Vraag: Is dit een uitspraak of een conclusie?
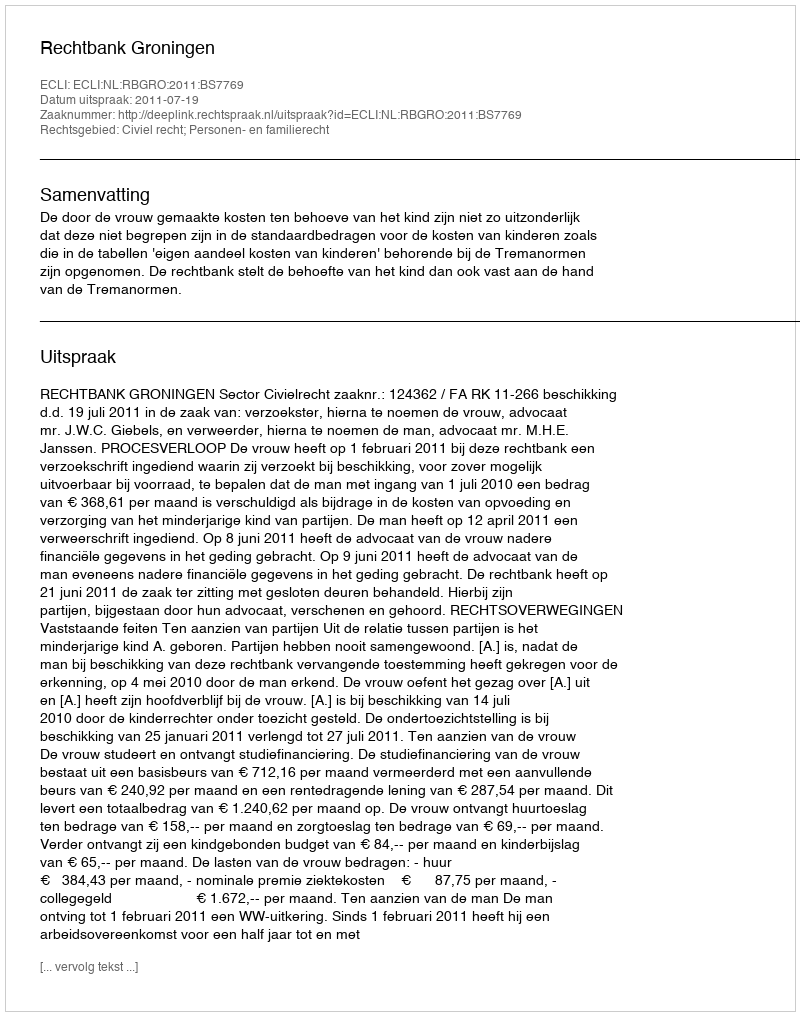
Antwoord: Uitspraak